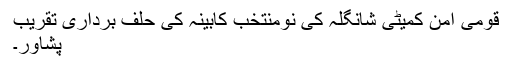
قومی امن کمیٹی شانگلہ کی نومنتخب کابینہ کی حلف برداری تقریب
پشاور۔